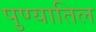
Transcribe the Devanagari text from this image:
पुण्यातिल